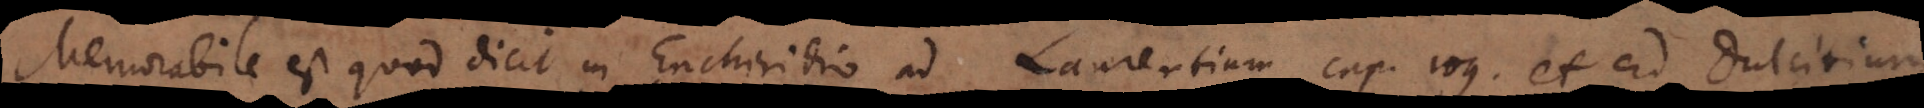
Memorabile est quod dicit in Enchiridio ad Laurentium cap. 109. et ad Dulcitium